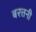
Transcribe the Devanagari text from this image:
बरत्तनी